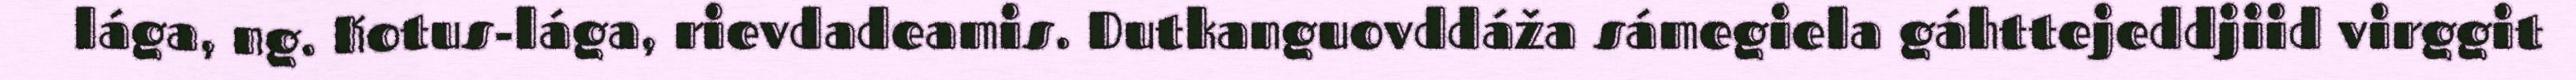
lága, ng. Kotus-lága, rievdadeamis. Dutkanguovddáža sámegiela gáhttejeddjiid virggit